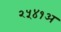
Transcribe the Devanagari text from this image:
२५४१अ